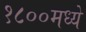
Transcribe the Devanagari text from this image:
१८००मध्ये